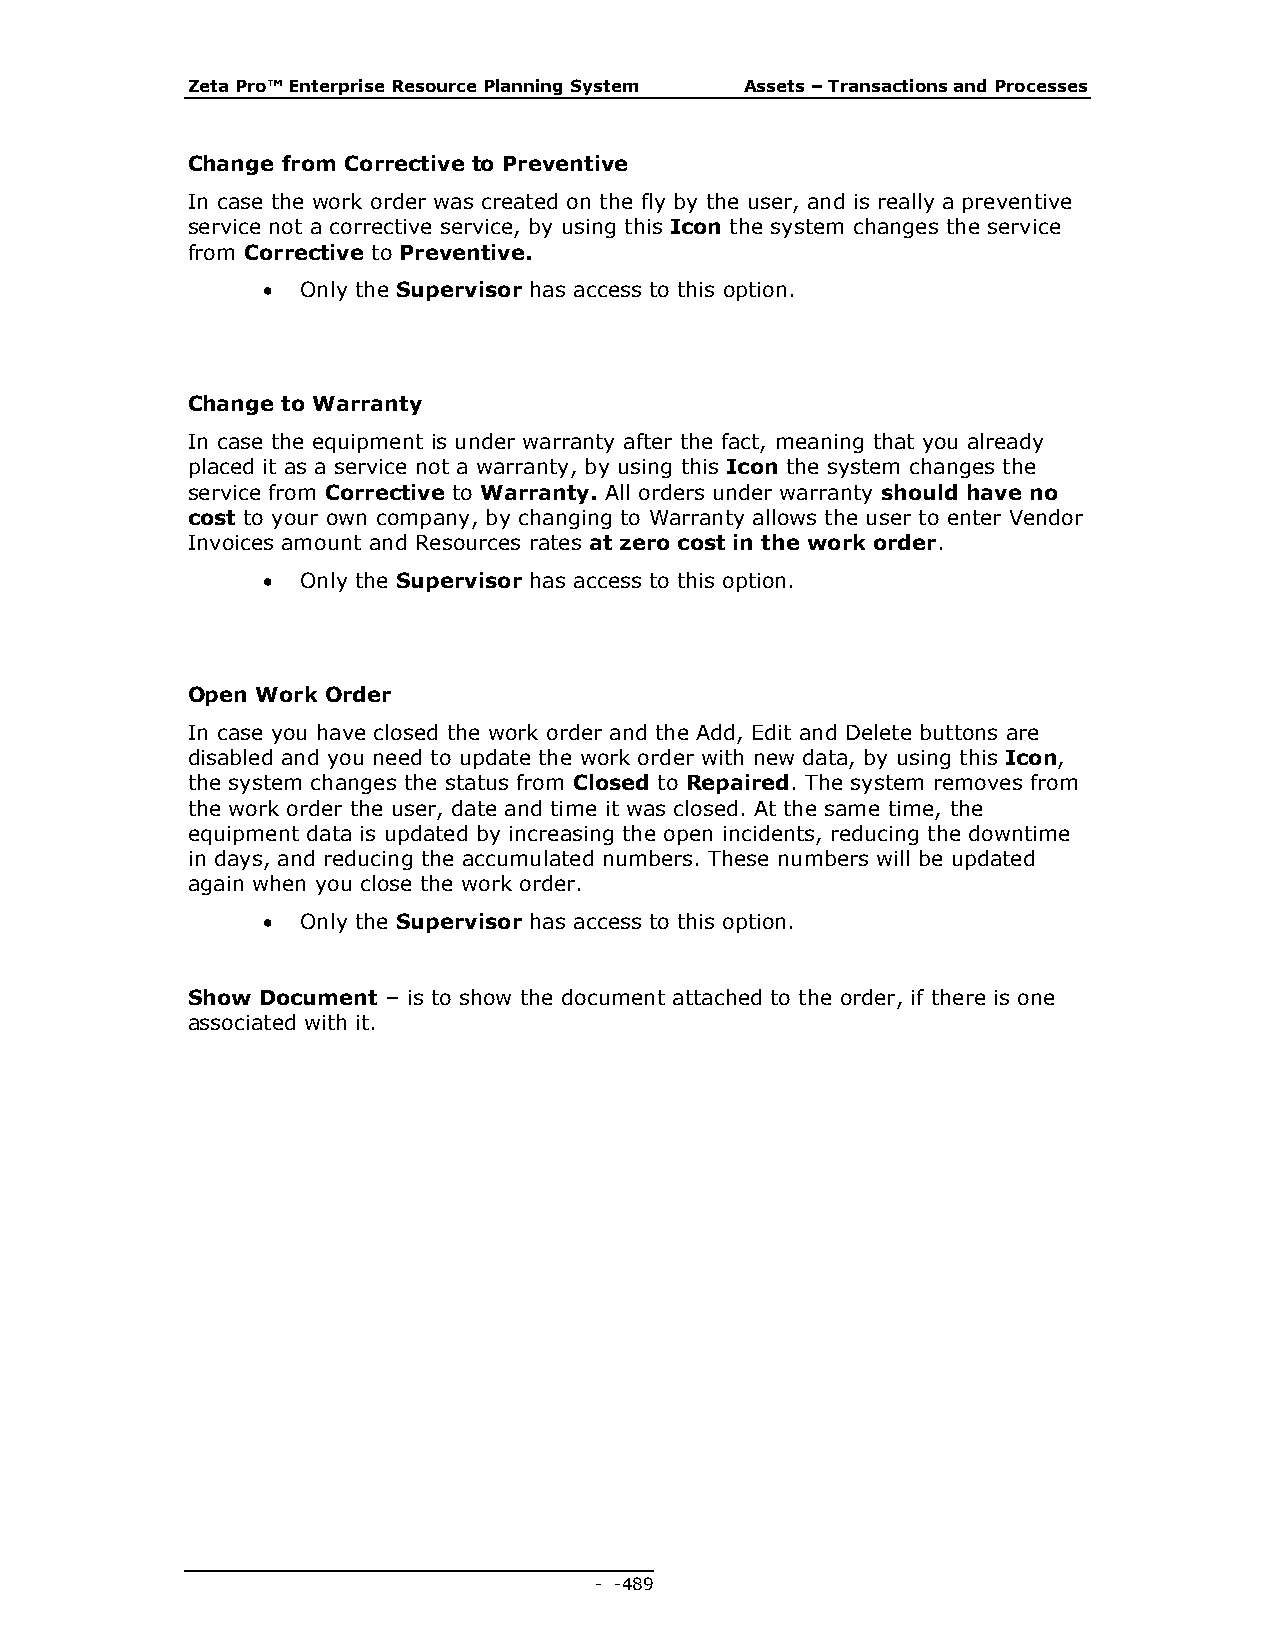
Zeta Pro™ Enterprise Resource Planning System Assets – Transactions and Processes
 Change from Corrective to Preventive
 In case the work order was created on the fly by the user, and is really a preventive
 service not a corrective service, by using this Icon the system changes the service
 from Corrective to Preventive.
   Only the Supervisor has access to this option.
 Change to Warranty
 In case the equipment is under warranty after the fact, meaning that you already
 placed it as a service not a warranty, by using this Icon the system changes the
 service from Corrective to Warranty. All orders under warranty should have no
 cost to your own company, by changing to Warranty allows the user to enter Vendor
 Invoices amount and Resources rates at zero cost in the work order.
   Only the Supervisor has access to this option.
 Open Work Order
 In case you have closed the work order and the Add, Edit and Delete buttons are
 disabled and you need to update the work order with new data, by using this Icon,
 the system changes the status from Closed to Repaired. The system removes from
 the work order the user, date and time it was closed. At the same time, the
 equipment data is updated by increasing the open incidents, reducing the downtime
 in days, and reducing the accumulated numbers. These numbers will be updated
 again when you close the work order.
   Only the Supervisor has access to this option.
 Show Document – is to show the document attached to the order, if there is one
 associated with it.
 - - 489